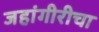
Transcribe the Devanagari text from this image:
जहांगीरीचा